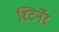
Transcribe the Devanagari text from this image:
श्टिर्नेर